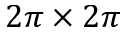
2 \pi \times 2 \pi